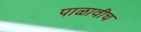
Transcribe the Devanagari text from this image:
पाळावीच